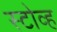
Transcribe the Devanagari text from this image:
स्टोव्ह